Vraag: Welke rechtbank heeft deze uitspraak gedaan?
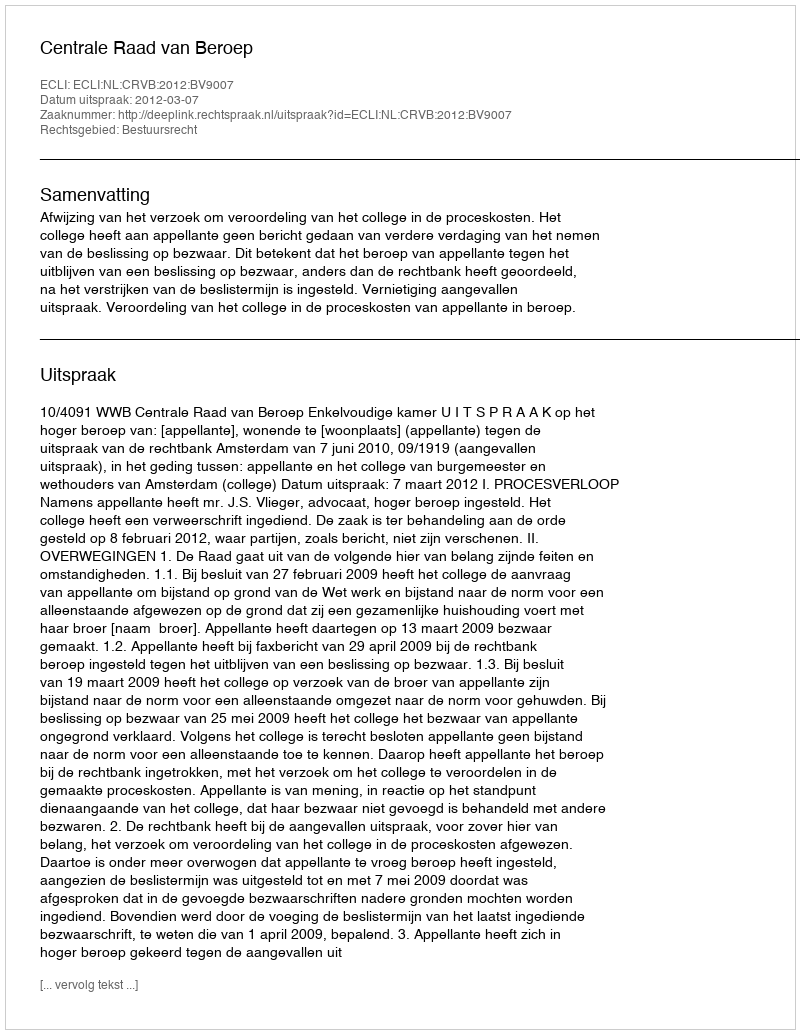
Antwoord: Centrale Raad van Beroep